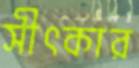
সীৎকার